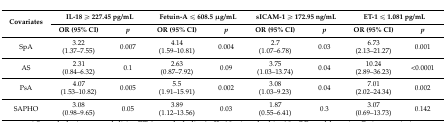
<table><thead><tr><td rowspan="2"><b>Covariates</b></td><td colspan="2"><b>IL-18 ≥ 227.45 pg/mL</b></td><td colspan="2"><b>Fetuin-A ≤ 608.5 μg/mL</b></td><td colspan="2"><b>sICAM-1 ≥ 172.95 ng/mL</b></td><td colspan="2"><b>ET-1 ≤ 1.081 pg/mL</b></td></tr><tr><td><b>OR (95% CI)</b></td><td><b><i>p</i></b></td><td><b>OR (95% CI)</b></td><td><b><i>p</i></b></td><td><b>OR (95% CI)</b></td><td><b><i>p</i></b></td><td><b>OR (95% CI)</b></td><td><b><i>p</i></b></td></tr></thead><tbody><tr><td>SpA</td><td>3.22 (1.37–7.55)</td><td>0.007</td><td>4.14 (1.59–10.81)</td><td>0.004</td><td>2.7 (1.07–6.78)</td><td>0.03</td><td>6.73 (2.13–21.27)</td><td>0.001</td></tr><tr><td>AS</td><td>2.31 (0.84–6.32)</td><td>0.1</td><td>2.63 (0.87–7.92)</td><td>0.09</td><td>3.75 (1.03–13.74)</td><td>0.04</td><td>10.24 (2.89–36.23)</td><td>&lt;0.0001</td></tr><tr><td>PsA</td><td>4.07 (1.53–10.82)</td><td>0.005</td><td>5.5 (1.91–15.91)</td><td>0.002</td><td>3.08 (1.03–9.23)</td><td>0.04</td><td>7.01 (2.02–24.34)</td><td>0.002</td></tr><tr><td>SAPHO</td><td>3.08 (0.98–9.65)</td><td>0.05</td><td>3.89 (1.12–13.56)</td><td>0.03</td><td>1.87 (0.55–6.41)</td><td>0.3</td><td>3.07 (0.69–13.73)</td><td>0.142</td></tr></tbody></table>